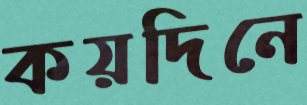
কয়দিনে